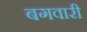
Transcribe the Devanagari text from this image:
बगवारी